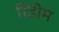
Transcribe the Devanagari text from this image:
रिडीम